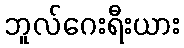
ဘူလ်ဂေးရီးယား